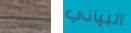
الإسباني البياني